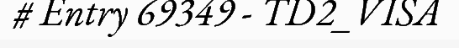
# Entry 69349 - TD2_VISA